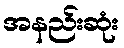
အနည်းဆုံး